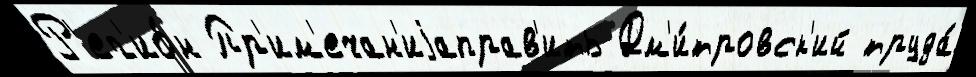
Р'ег'ио́н Пр'им'ечан'иjаправ'ить Дм'и́тровск'ий труда́